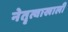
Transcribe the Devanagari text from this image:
नेतॄत्वाखाली